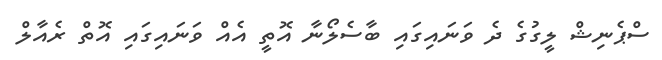
ސްޕެނިޝް ލީގުގެ ދެ ވަނައިގައި ބާސެލޯނާ އޮތީ އެއް ވަނައިގައި އޮތް ރެއާލް